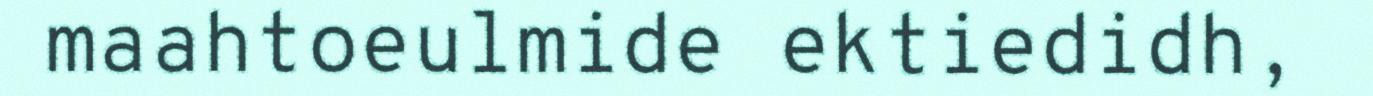
maahtoeulmide ektiedidh,